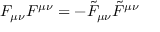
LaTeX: F _ { \mu \nu } F ^ { \mu \nu } = - \tilde { F } _ { \mu \nu } \tilde { F } ^ { \mu \nu }